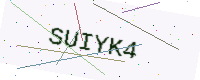
Text: SUIYK4